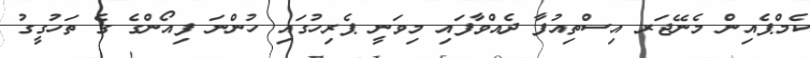
ކެމްޕެއިން މެނޭޖަރ އިސްތިއުފާ ދެއްވާފައި މިވަނީ ޕެރިހުގައި ހުންނަ ފިއޯންގެ ގެ ތަހުގީގު